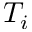
T _ { i }